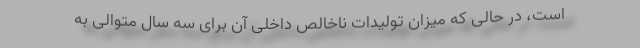
است، در حالی که میزان تولیدات ناخالص داخلی آن برای سه سال متوالی به